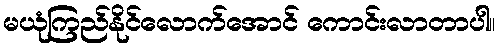
မယုံကြည်နိုင်လောက်အောင် ကောင်းလာတာပါ။